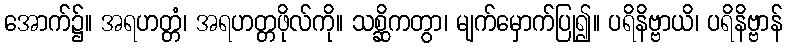
အောက်၌။ အရဟတ္တံ၊ အရဟတ္တဖိုလ်ကို။ သစ္ဆိကတွာ၊ မျက်မှောက်ပြု၍။ ပရိနိဗ္ဗာယိ၊ ပရိနိဗ္ဗာန်